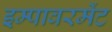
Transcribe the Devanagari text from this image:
इम्पावरमेंट